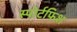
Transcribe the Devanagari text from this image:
स्पोर्टफिश